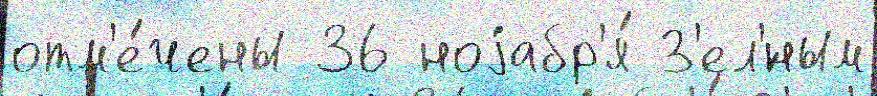
отм'е́чены 36 ноjабр'я́ З'ел'́ным